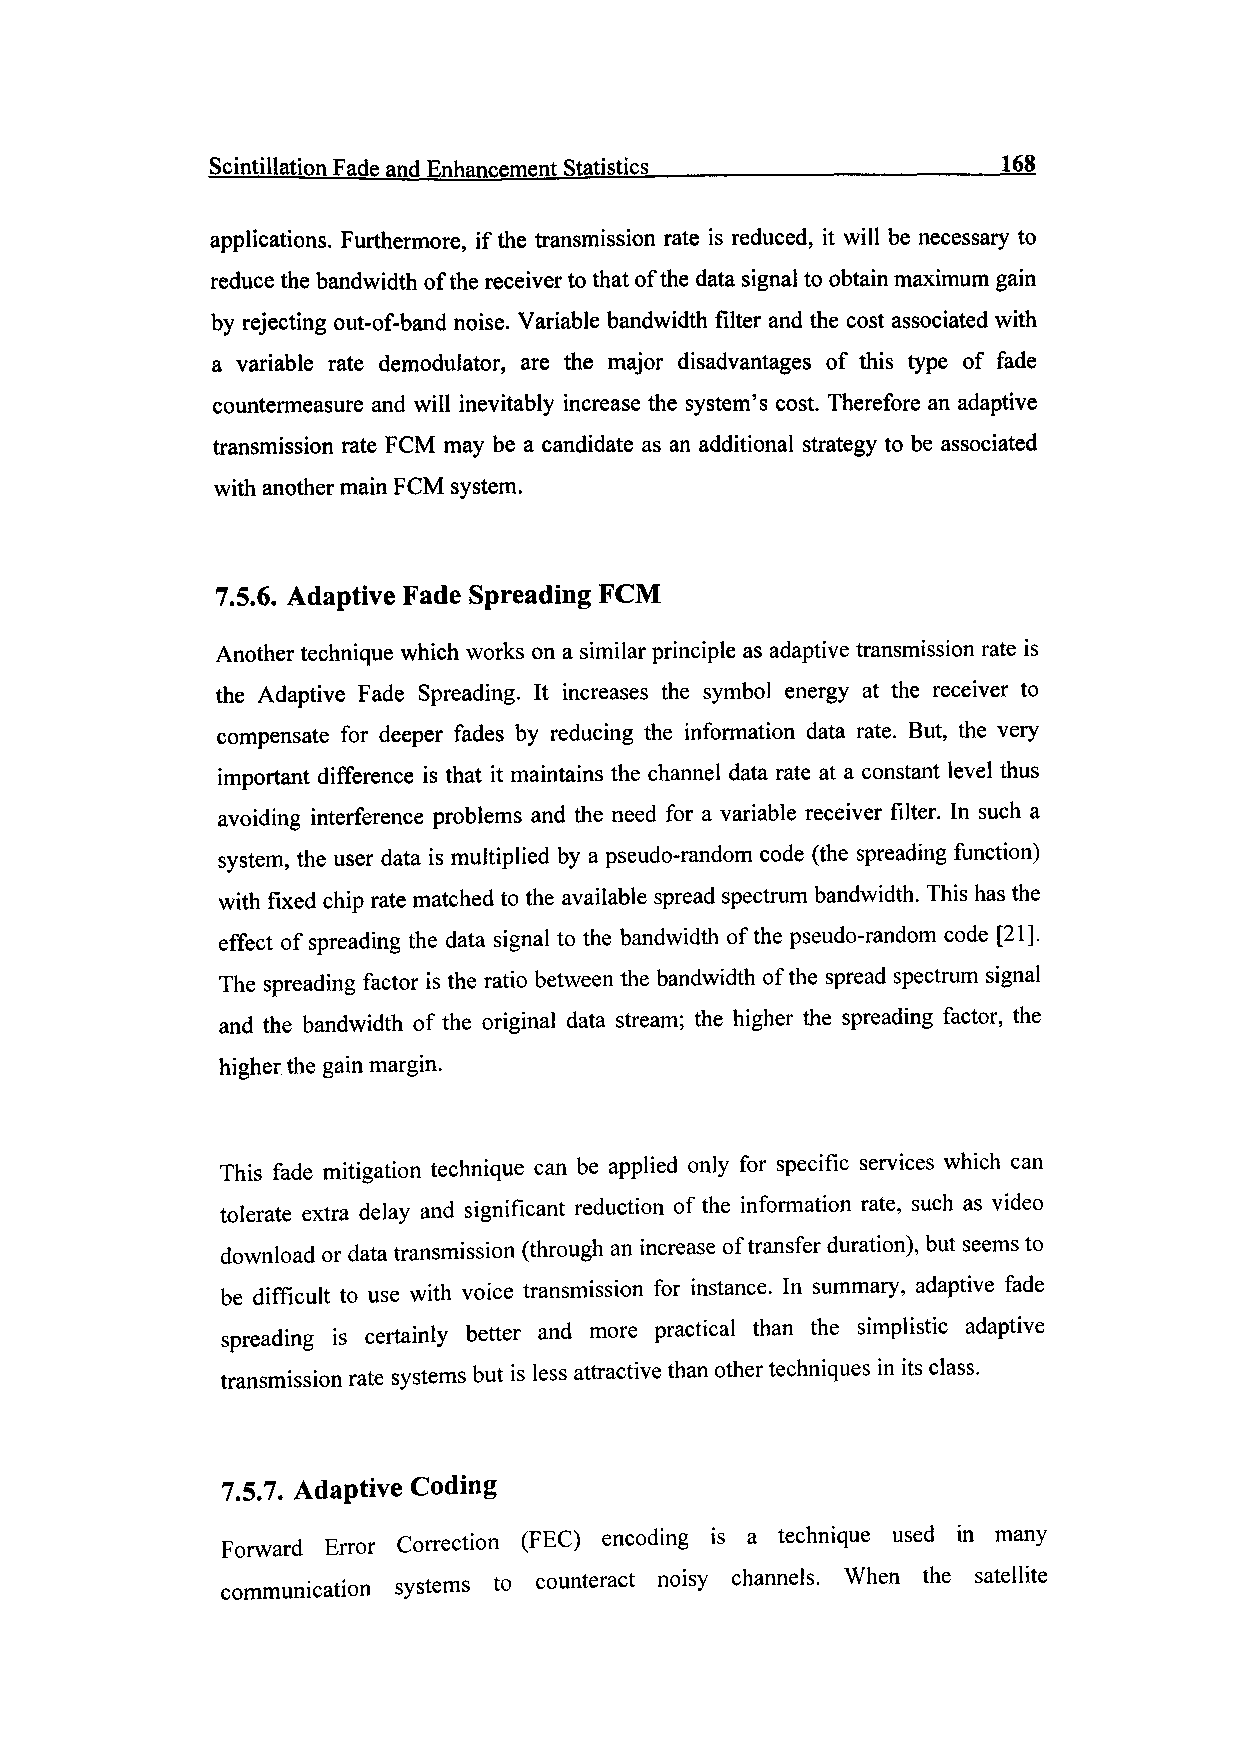
Scintillation Fade and Enhancement Statistics____________________168
 applications. Furthermore, if the transmission rate is reduced, it will be necessary to
 reduce the bandwidth of the receiver to that of the data signal to obtain maximum gain
 by rejecting out-of-band noise. Variable bandwidth filter and the cost associated with
 a variable rate demodulator, are the major disadvantages of this type of fade
 countermeasure and will inevitably increase the system's cost. Therefore an adaptive
 transmission rate FCM may be a candidate as an additional strategy to be associated
 with another main FCM system.
 7.5.6. Adaptive Fade Spreading FCM
 Another technique which works on a similar principle as adaptive transmission rate is
 the Adaptive Fade Spreading. It increases the symbol energy at the receiver to
 compensate for deeper fades by reducing the information data rate. But, the very
 important difference is that it maintains the channel data rate at a constant level thus
 avoiding interference problems and the need for a variable receiver filter. In such a
 system, the user data is multiplied by a pseudo-random code (the spreading function)
 with fixed chip rate matched to the available spread spectrum bandwidth. This has the
 effect of spreading the data signal to the bandwidth of the pseudo-random code [21].
 The spreading factor is the ratio between the bandwidth of the spread spectrum signal
 and the bandwidth of the original data stream; the higher the spreading factor, the
 higher the gain margin.
 This fade mitigation technique can be applied only for specific services which can
 tolerate extra delay and significant reduction of the information rate, such as video
 download or data transmission (through an increase of transfer duration), but seems to
 be difficult to use with voice transmission for instance. In summary, adaptive fade
 spreading is certainly better and more practical than the simplistic adaptive
 transmission rate systems but is less attractive than other techniques in its class.
 7.5.7. Adaptive Coding
 Forward Error Correction (FEC) encoding is a technique used in many
 communication systems to counteract noisy channels. When the satellite